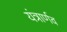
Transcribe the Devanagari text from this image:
यंत्रार्णव